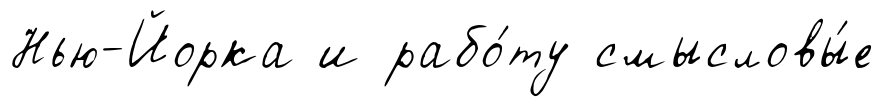
Нью-Йорка и рабо́ту смысловы́е